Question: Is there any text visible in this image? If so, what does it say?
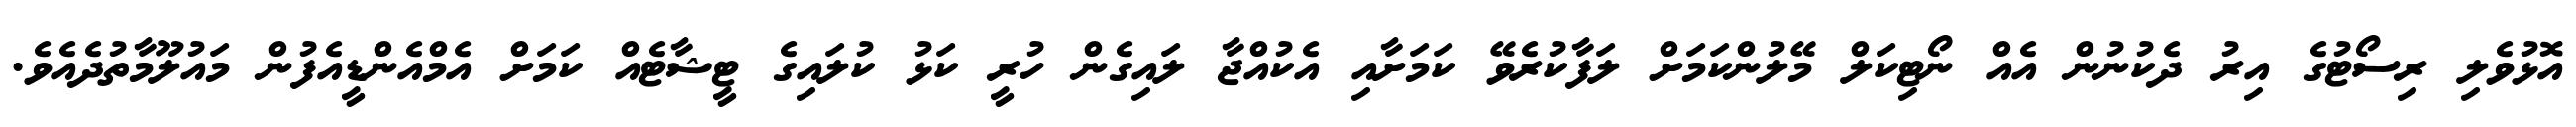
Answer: އޮޅުވެލި ރިސޯޓުގެ އިރު ދެކުނުން އެއް ނޯޓިކަލް މޭލުންކަމަށް ލަފާކުރެވޭ ކަމަށާއި އެކުއްޖާ ލައިގެން ހުރީ ކަޅު ކުލައިގެ ޓީޝާޓެއް ކަމަށް އެމްއެންޑީއެފުން މައުލޫމާތުދެއެވެ.